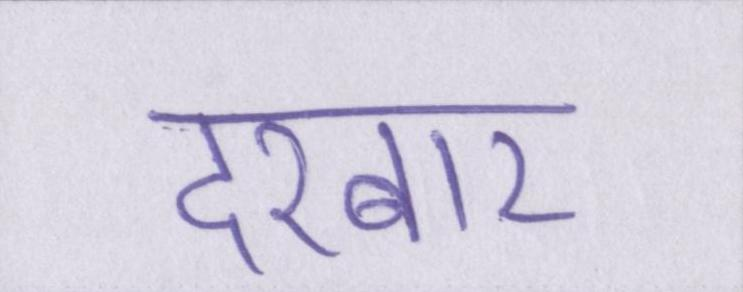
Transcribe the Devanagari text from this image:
दरबार